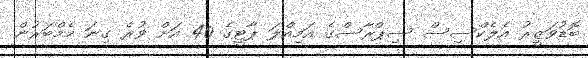
ބޮޑުވަޒީރު އެލެކްސިސް ސިޕްރާސްގެ އަމިއްލަ ޕާޓީގެ 40 އަށް ވުރެ ގިނަ މެމްބަރުން